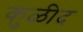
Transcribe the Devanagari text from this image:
कुळीद